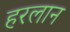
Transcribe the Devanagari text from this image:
हरलान